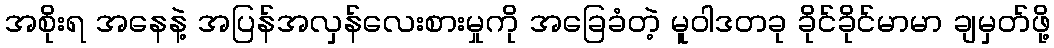
အစိုးရ အနေနဲ့ အပြန်အလှန်လေးစားမှုကို အခြေခံတဲ့ မူဝါဒတခု ခိုင်ခိုင်မာမာ ချမှတ်ဖို့